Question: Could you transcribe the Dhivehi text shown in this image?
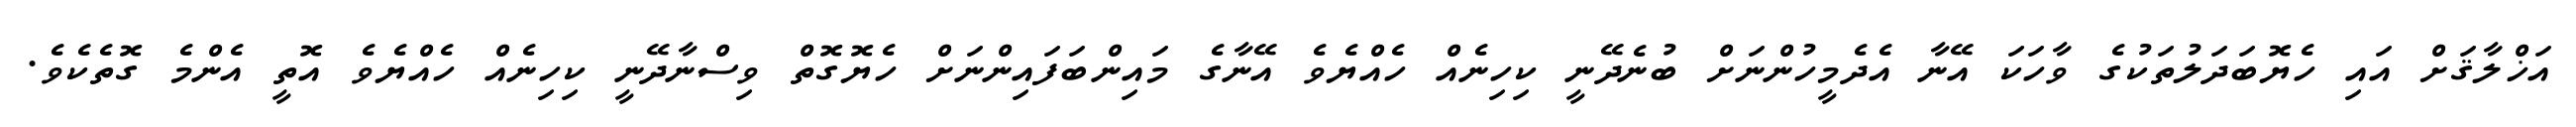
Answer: އަޚްލާޤަށް އައި ހެޔޮބަދަލުތަކުގެ ވާހަކަ އޭނާ އެދެމީހުންނަށް ބުނެދޭނީ ކިހިނެއް ހެއްޔެވެ އޭނާގެ މައިންބަފައިންނަށް ހެޔޮގޮތް ވިސްނާދޭނީ ކިހިނެއް ހެއްޔެވެ އޮތީ އެންމެ ގޮތެކެވެ.